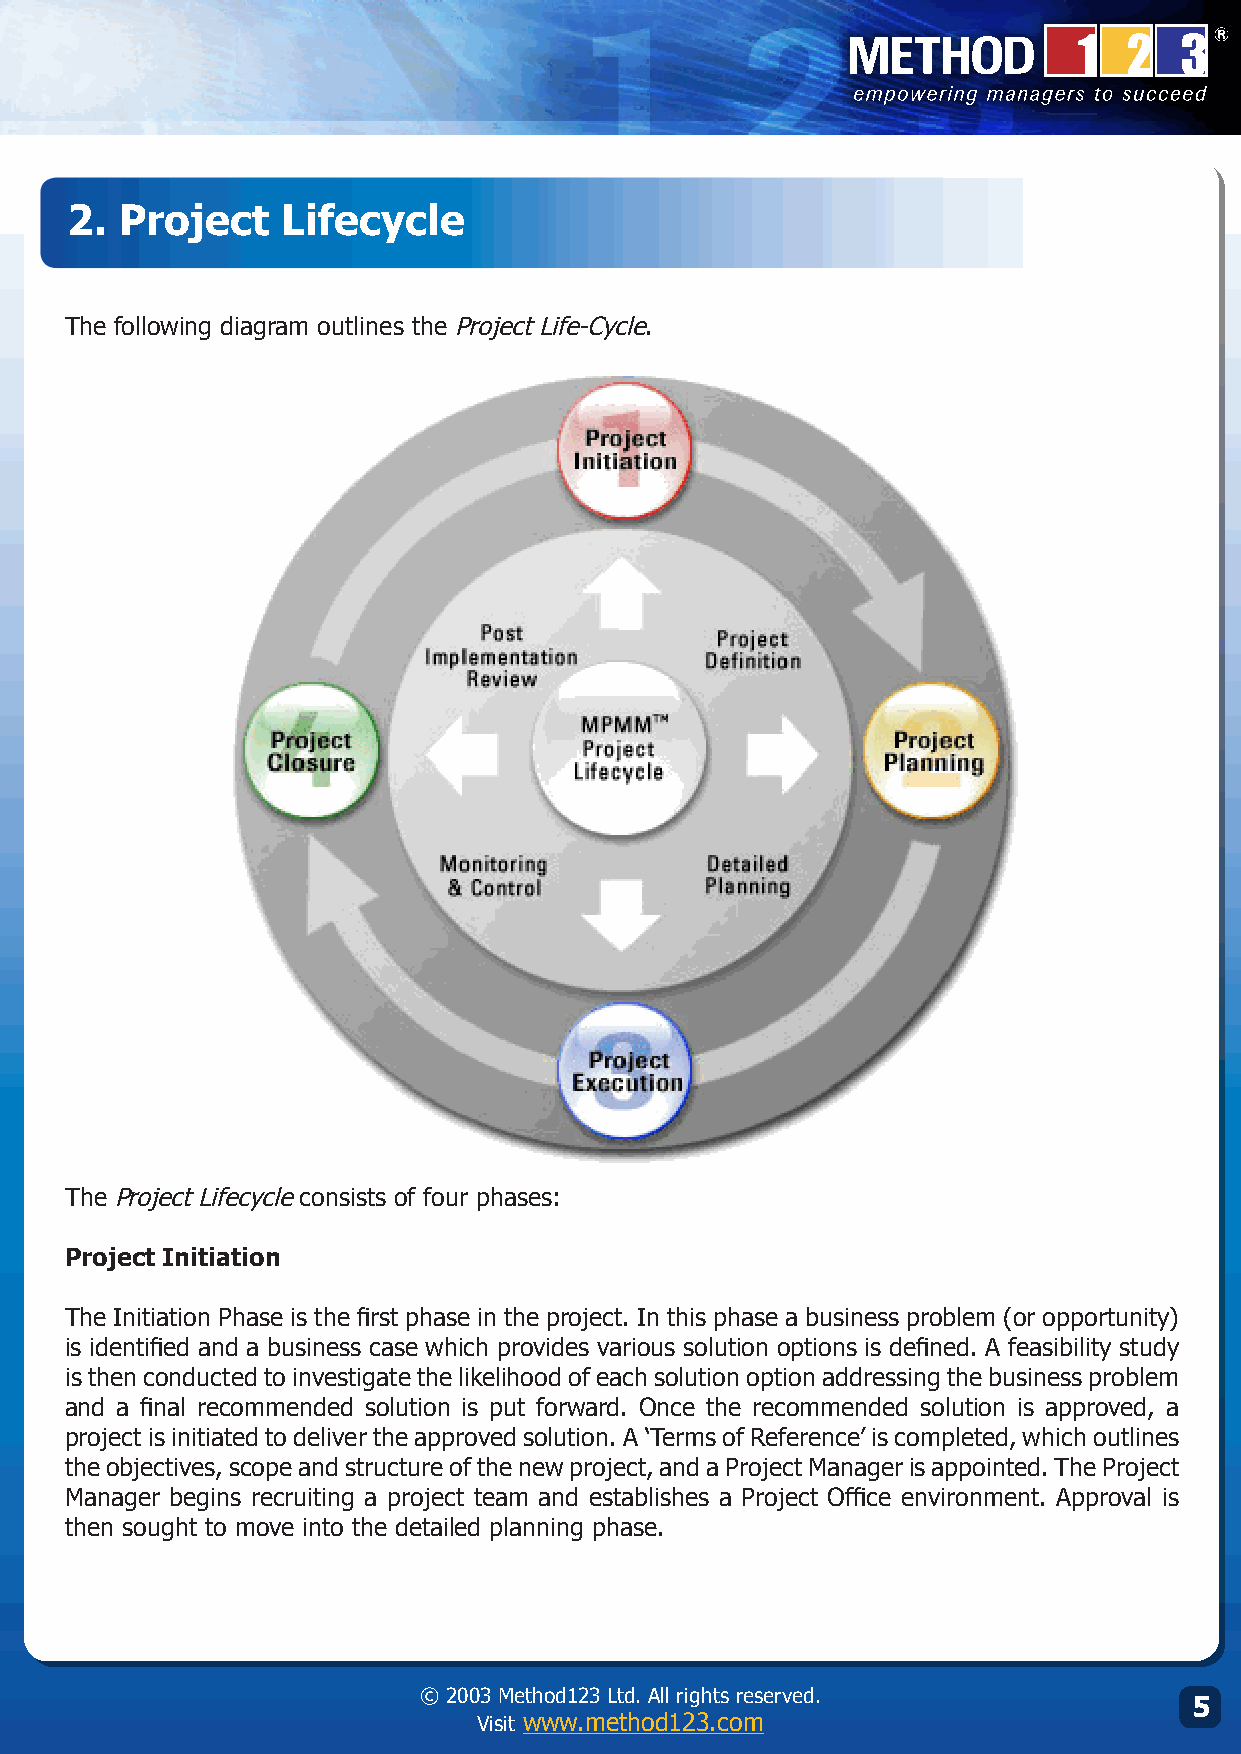
.  Project    Lifecycle
 The following diagram outlines the Project Life-Cycle.
 The Project Lifecycle consists of four phases:
 Project Initiation
 The Initiation Phase is the first phase in the project. In this phase a business problem (or opportunity)
 is identified and a business case which provides various solution options is defined. A feasibility study
 is then conducted to investigate the likelihood of each solution option addressing the business problem
 and a final recommended solution is put forward. Once the recommended solution is approved, a
 project is initiated to deliver the approved solution. A ‘Terms of Reference’ is completed, which outlines
 the objectives, scope and structure of the new project, and a Project Manager is appointed. The Project
 Manager begins recruiting a project team and establishes a Project Office environment. Approval is
 then sought to move into the detailed planning phase.
 © 2003 Method123 Ltd. All rights reserved. © 2003 Method123 Ltd. All rights reserved.
 5
 Visit www.method123.com